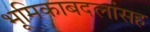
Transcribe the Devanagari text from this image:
भूमिकाबदलांसह